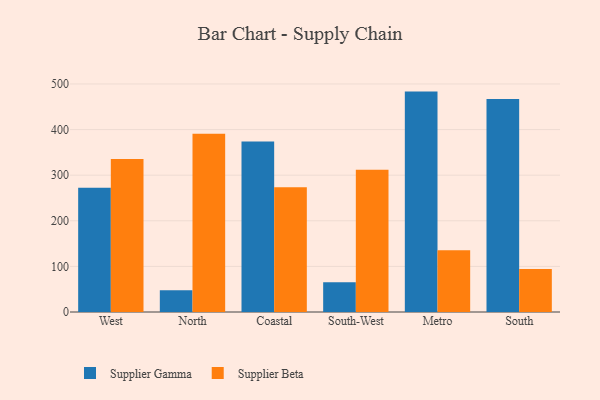
{"axis": {"x": "Region", "y": "Churn Rate (%)"}, "legend": ["Supplier Beta", "Supplier Gamma"], "data": [{"x": "West", "y": 272.2, "type": "Supplier Gamma"}, {"x": "West", "y": 335.5, "type": "Supplier Beta"}, {"x": "North", "y": 47.8, "type": "Supplier Gamma"}, {"x": "North", "y": 390.9, "type": "Supplier Beta"}, {"x": "Coastal", "y": 374.0, "type": "Supplier Gamma"}, {"x": "Coastal", "y": 273.6, "type": "Supplier Beta"}, {"x": "South-West", "y": 65.3, "type": "Supplier Gamma"}, {"x": "South-West", "y": 312.2, "type": "Supplier Beta"}, {"x": "Metro", "y": 483.3, "type": "Supplier Gamma"}, {"x": "Metro", "y": 135.3, "type": "Supplier Beta"}, {"x": "South", "y": 466.8, "type": "Supplier Gamma"}, {"x": "South", "y": 94.5, "type": "Supplier Beta"}]}